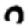
Digit: 0